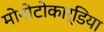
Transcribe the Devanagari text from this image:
मोनोटोकार्डिया